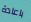
باعادة